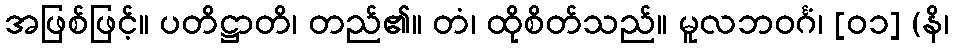
အဖြစ်ဖြင့်။ ပတိဋ္ဌာတိ၊ တည်၏။ တံ၊ ထိုစိတ်သည်။ မူလဘဝင်္ဂံ၊ [၀၁] (နိ၊